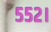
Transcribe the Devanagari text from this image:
५५२।